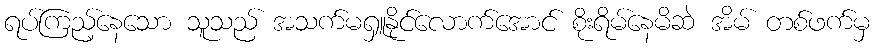
ရပ်ကြည့်နေသော သူသည် အသက်မရှူနိုင်လောက်အောင် စိုးရိမ်နေမိဆဲ အိမ် တစ်ဖက်မှ